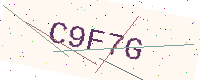
Text: C9F7G